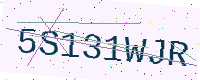
Text: 5S131WJR